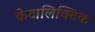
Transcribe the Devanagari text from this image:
केटालिक्टिक